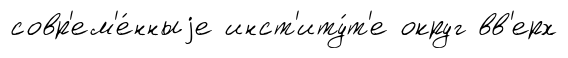
совр'ем'е́нныjе инст'иту́т'е округ вв'ерх